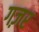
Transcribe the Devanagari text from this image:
गज़र